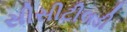
સીસીટીલડી